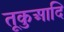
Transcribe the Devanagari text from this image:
तूकुआदि